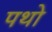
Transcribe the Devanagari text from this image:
पथो